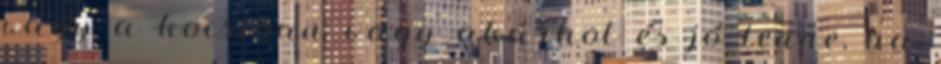
vagy a kocsiban vagy akárhol és jó lenne, ha